Annual report of the Camel Specialist
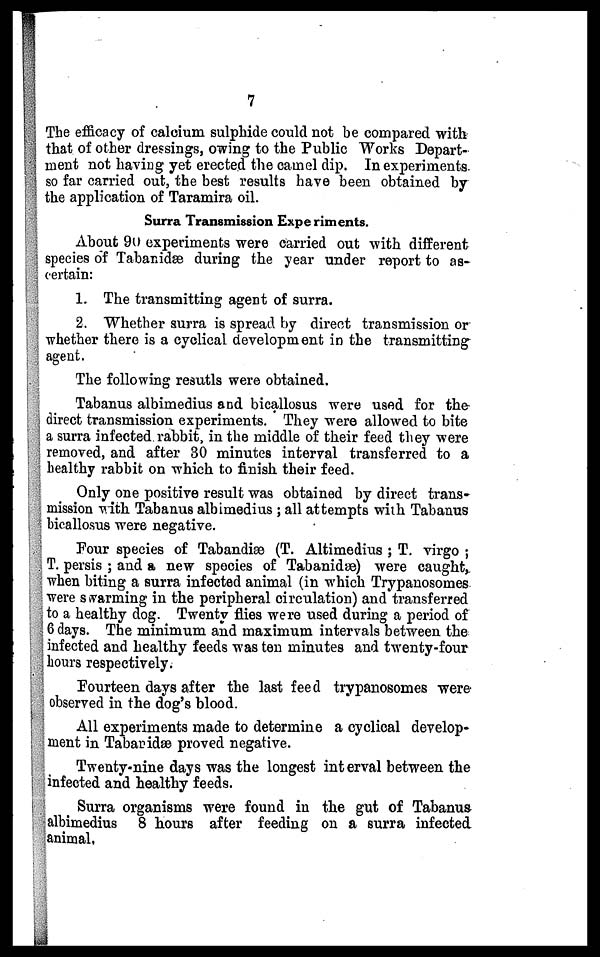
7
The efficacy of calcium sulphide could not be compared with
that of other dressings, owing to the Public Works Depart-
ment not having yet erected the camel dip. In experiments
so far carried out, the best results have been obtained by
the application of Taramira oil.
Surra Transmission Experiments.
About 90 experiments were carried out with different
species of Tabanidæ during the year under report to as-
certain:
1. The transmitting agent of surra.
2. Whether surra is spread by direct transmission or
whether there is a cyclical development in the transmitting
agent.
The following resutls were obtained.
Tabanus albimedius and bicallosus were used for the-
direct transmission experiments. They were allowed to bite
a surra infected rabbit, in the middle of their feed they were
removed, and after 30 minutes interval transferred to a
healthy rabbit on which to finish their feed.
Only one positive result was obtained by direct trans-
mission with Tabanus albimedius; all attempts with Tabanus
bicallosus were negative.
Four species of Tabandiæ (T. Altimedius ; T. virgo ;
T. persis ; and a new species of Tabanidæ) were caught,
when biting a surra infected animal (in which Trypanosomes
were swarming in the peripheral circulation) and transferred
to a healthy dog. Twenty flies were used during a period of
6 days. The minimum and maximum intervals between the
infected and healthy feeds was ten minutes and twenty-four
hours respectively.
Fourteen days after the last feed trypanosomes were
observed in the dog's blood.
All experiments made to determine a cyclical develop-
ment in Tabanidæ proved negative.
Twenty-nine days was the longest interval between the
infected and healthy feeds.
Surra organisms were found in the gut of Tabanus
albimedius 8 hours after feeding on a surra infected
animal.